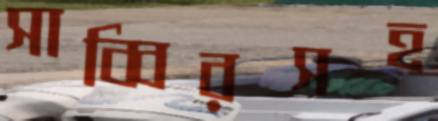
সাব্বিরসহ